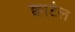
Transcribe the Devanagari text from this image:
क्वार्टल